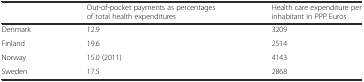
<table><thead><tr><td></td><td><b>Out-of-pocket payments as percentages of total health expenditures</b></td><td><b>Health care expenditure per inhabitant in PPP Euros</b></td></tr></thead><tbody><tr><td>Denmark</td><td>12.9</td><td>3209</td></tr><tr><td>Finland</td><td>19.6</td><td>2514</td></tr><tr><td>Norway</td><td>15.0 (2011)</td><td>4143</td></tr><tr><td>Sweden</td><td>17.5</td><td>2868</td></tr></tbody></table>